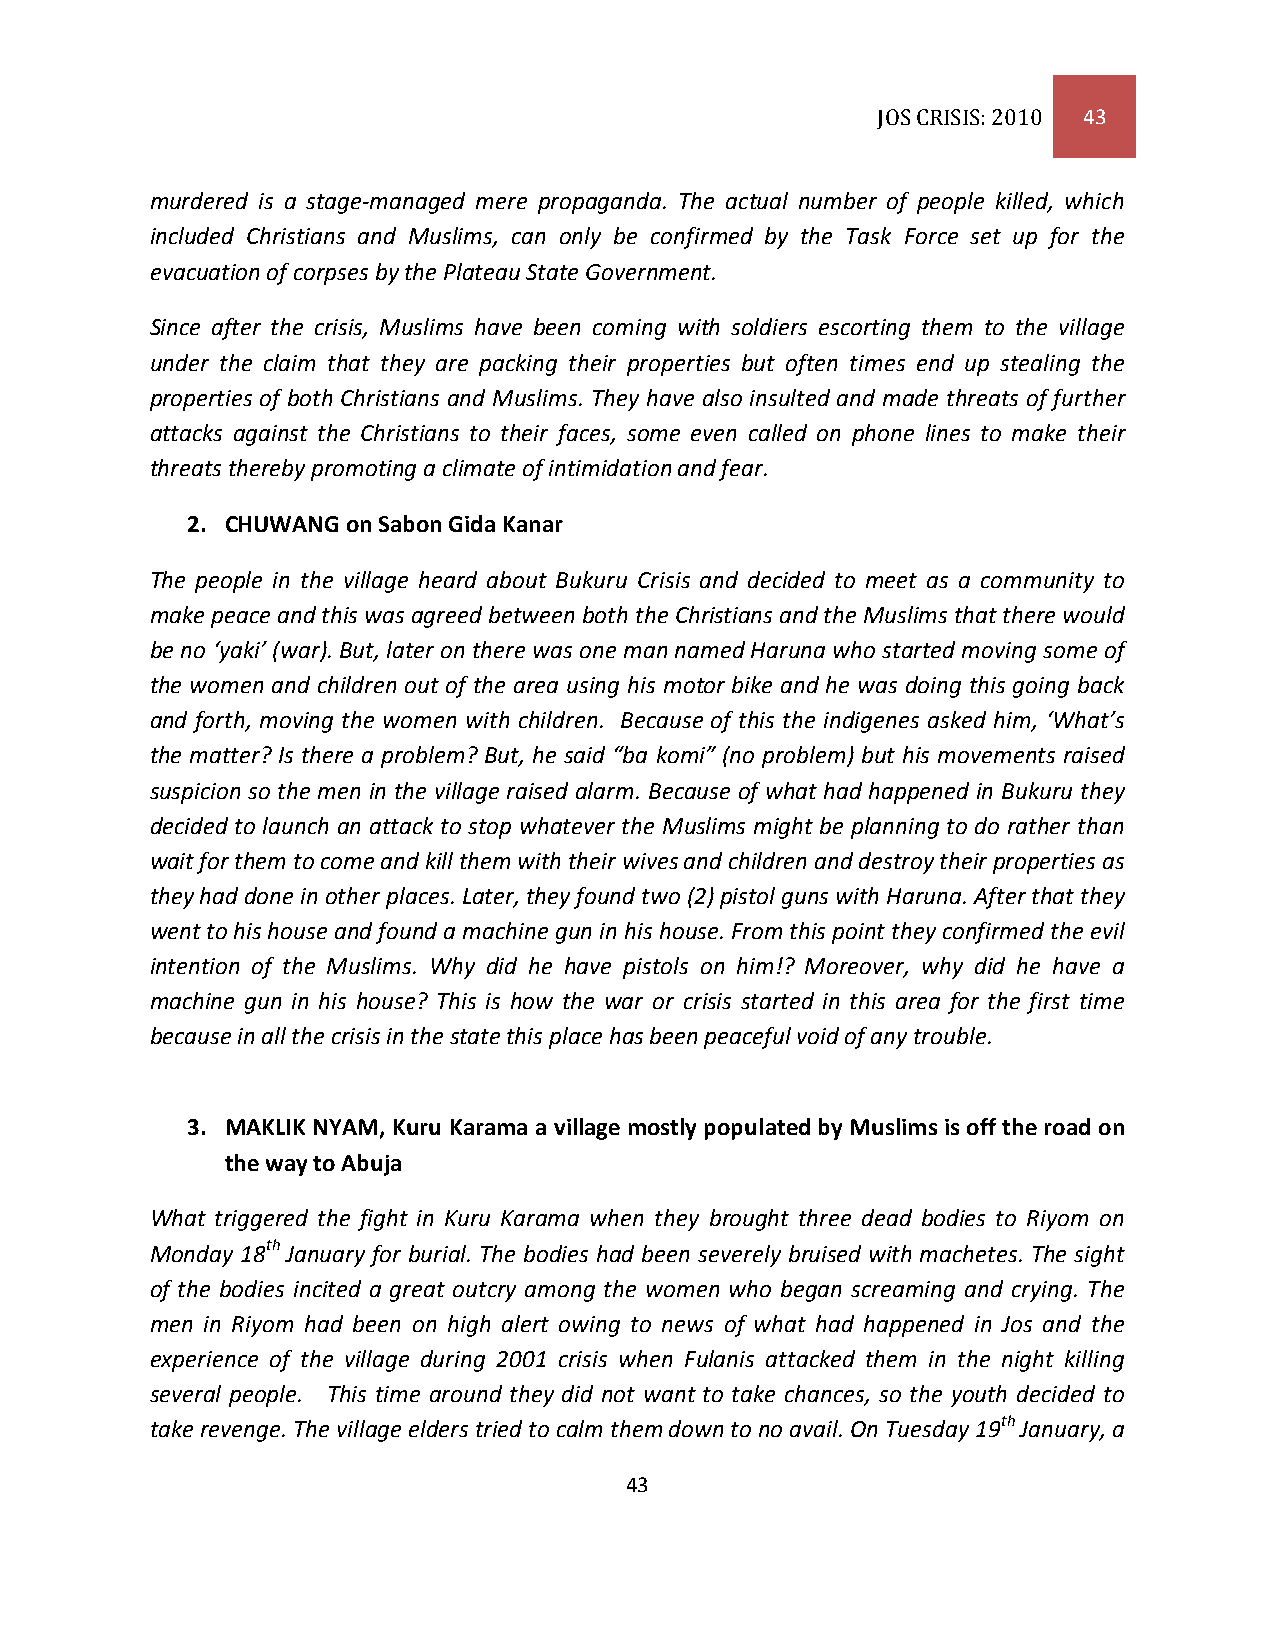
JOS CRISIS: 2010 43
 murdered is a stage-managed mere propaganda. The actual number of people killed, which
 included Christians and Muslims, can only be confirmed by the Task Force set up for the
 evacuation of corpses by the Plateau State Government.
 Since after the crisis, Muslims have been coming with soldiers escorting them to the village
 under the claim that they are packing their properties but often times end up stealing the
 properties of both Christians and Muslims. They have also insulted and made threats of further
 attacks against the Christians to their faces, some even called on phone lines to make their
 threats thereby promoting a climate of intimidation and fear.
 2. CHUWANG on Sabon Gida Kanar
 The people in the village heard about Bukuru Crisis and decided to meet as a community to
 make peace and this was agreed between both the Christians and the Muslims that there would
 be no ‘yaki’ (war). But, later on there was one man named Haruna who started moving some of
 the women and children out of the area using his motor bike and he was doing this going back
 and forth, moving the women with children. Because of this the indigenes asked him, ‘What’s
 the matter? Is there a problem? But, he said “ba komi” (no problem) but his movements raised
 suspicion so the men in the village raised alarm. Because of what had happened in Bukuru they
 decided to launch an attack to stop whatever the Muslims might be planning to do rather than
 wait for them to come and kill them with their wives and children and destroy their properties as
 they had done in other places. Later, they found two (2) pistol guns with Haruna. After that they
 went to his house and found a machine gun in his house. From this point they confirmed the evil
 intention of the Muslims. Why did he have pistols on him!? Moreover, why did he have a
 machine gun in his house? This is how the war or crisis started in this area for the first time
 because in all the crisis in the state this place has been peaceful void of any trouble.
 3. MAKLIK NYAM, Kuru Karama a village mostly populated by Muslims is off the road on
 the way to Abuja
 What triggered the fight in Kuru Karama when they brought three dead bodies to Riyom on
 Monday 18th January for burial. The bodies had been severely bruised with machetes. The sight
 of the bodies incited a great outcry among the women who began screaming and crying. The
 men in Riyom had been on high alert owing to news of what had happened in Jos and the
 experience of the village during 2001 crisis when Fulanis attacked them in the night killing
 several people. This time around they did not want to take chances, so the youth decided to
 take revenge. The village elders tried to calm them down to no avail. On Tuesday 19th January, a
 43